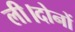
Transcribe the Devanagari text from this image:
ली।दोनों